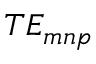
T E _ { m n p }